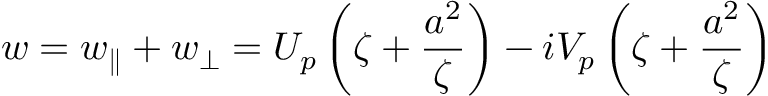
w = w _ { \parallel } + w _ { \perp } = U _ { p } \left( \zeta + \frac { a ^ { 2 } } { \zeta } \right) - i V _ { p } \left( \zeta + \frac { a ^ { 2 } } { \zeta } \right)